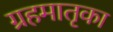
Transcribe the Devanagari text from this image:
ग्रहमातृका